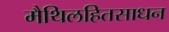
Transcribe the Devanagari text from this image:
मैथिलहितसाधन